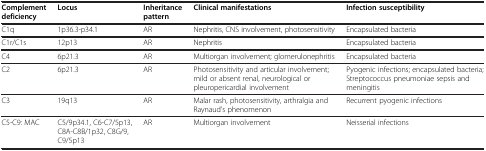
| Complement deficiency | Locus | Inheritance pattern | Clinical manifestations | Infection susceptibility |
 | --- | --- | --- | --- | --- |
 | C1q | 1p36.3-p34.1 | AR | Nephritis, CNS involvement, photosensitivity | Encapsulated bacteria |
 | C1r/C1s | 12p13 | AR | Nephritis | Encapsulated bacteria |
 | C4 | 6p21.3 | AR | Multiorgan involvement; glomerulonephritis | Encapsulated bacteria |
 | C2 | 6p21.3 | AR | Photosensitivity and articular involvement; mild or absent renal, neurological or pleuropericardial involvement | Pyogenic infections; encapsulated bacteria; Streptococcus pneumoniae sepsis and meningitis |
 | C3 | 19q13 | AR | Malar rash, photosensitivity, arthralgia and Raynaud’s phenomenon | Recurrent pyogenic infections |
 | C5-C9: MAC | C5/9p34.1, C6-C7/5p13, C8A-C8B/1p32, C8G/9, C9/5p13 | AR | Multiorgan involvement | Neisserial infections |